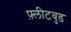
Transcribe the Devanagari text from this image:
फ़्लीटवुड